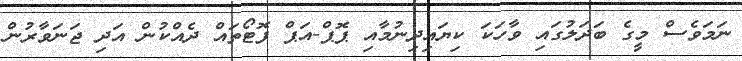
ނަމަވެސް މީގެ ބަދަލުގައި ވާހަކަ ކިޔައިދިނުމާއި ޕޮޕް-އަޕް ފޮޓޯތައް ދެއްކުން އަދި ޖަނަވާރުން